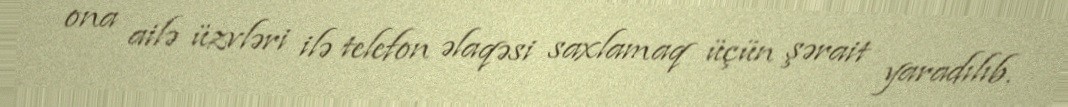
ona ailə üzvləri ilə telefon əlaqəsi saxlamaq üçün şərait yaradılıb.